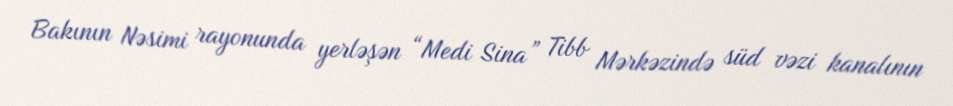
Bakının Nəsimi rayonunda yerləşən “Medi Sina” Tibb Mərkəzində süd vəzi kanalının